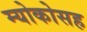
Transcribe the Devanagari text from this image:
म्योकोसह